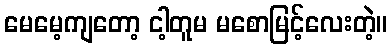
မေမေ့ကျတော့ ငါ့တူမ မစောမြင့်လေးတဲ့။